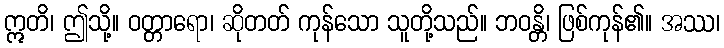
ဣတိ၊ ဤသို့။ ဝတ္တာရော၊ ဆိုတတ် ကုန်သော သူတို့သည်။ ဘဝန္တိ၊ ဖြစ်ကုန်၏။ အဿ၊